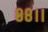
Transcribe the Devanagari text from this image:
८८।।